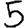
Digit: 5